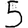
Digit: 5